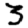
Digit: 3